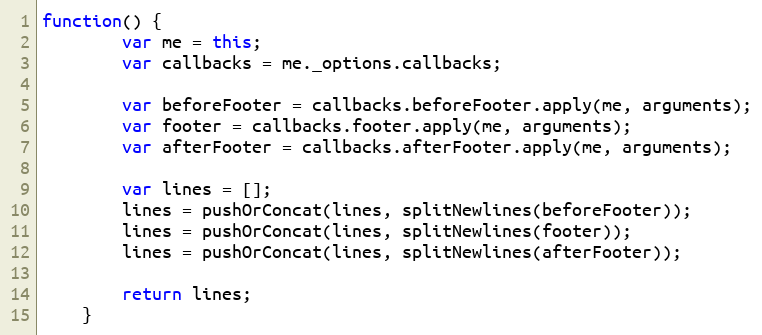
Language: JavaScript
function() {
		var me = this;
		var callbacks = me._options.callbacks;

		var beforeFooter = callbacks.beforeFooter.apply(me, arguments);
		var footer = callbacks.footer.apply(me, arguments);
		var afterFooter = callbacks.afterFooter.apply(me, arguments);

		var lines = [];
		lines = pushOrConcat(lines, splitNewlines(beforeFooter));
		lines = pushOrConcat(lines, splitNewlines(footer));
		lines = pushOrConcat(lines, splitNewlines(afterFooter));

		return lines;
	}